Leningradi_Edasi_toimetus, lk 59
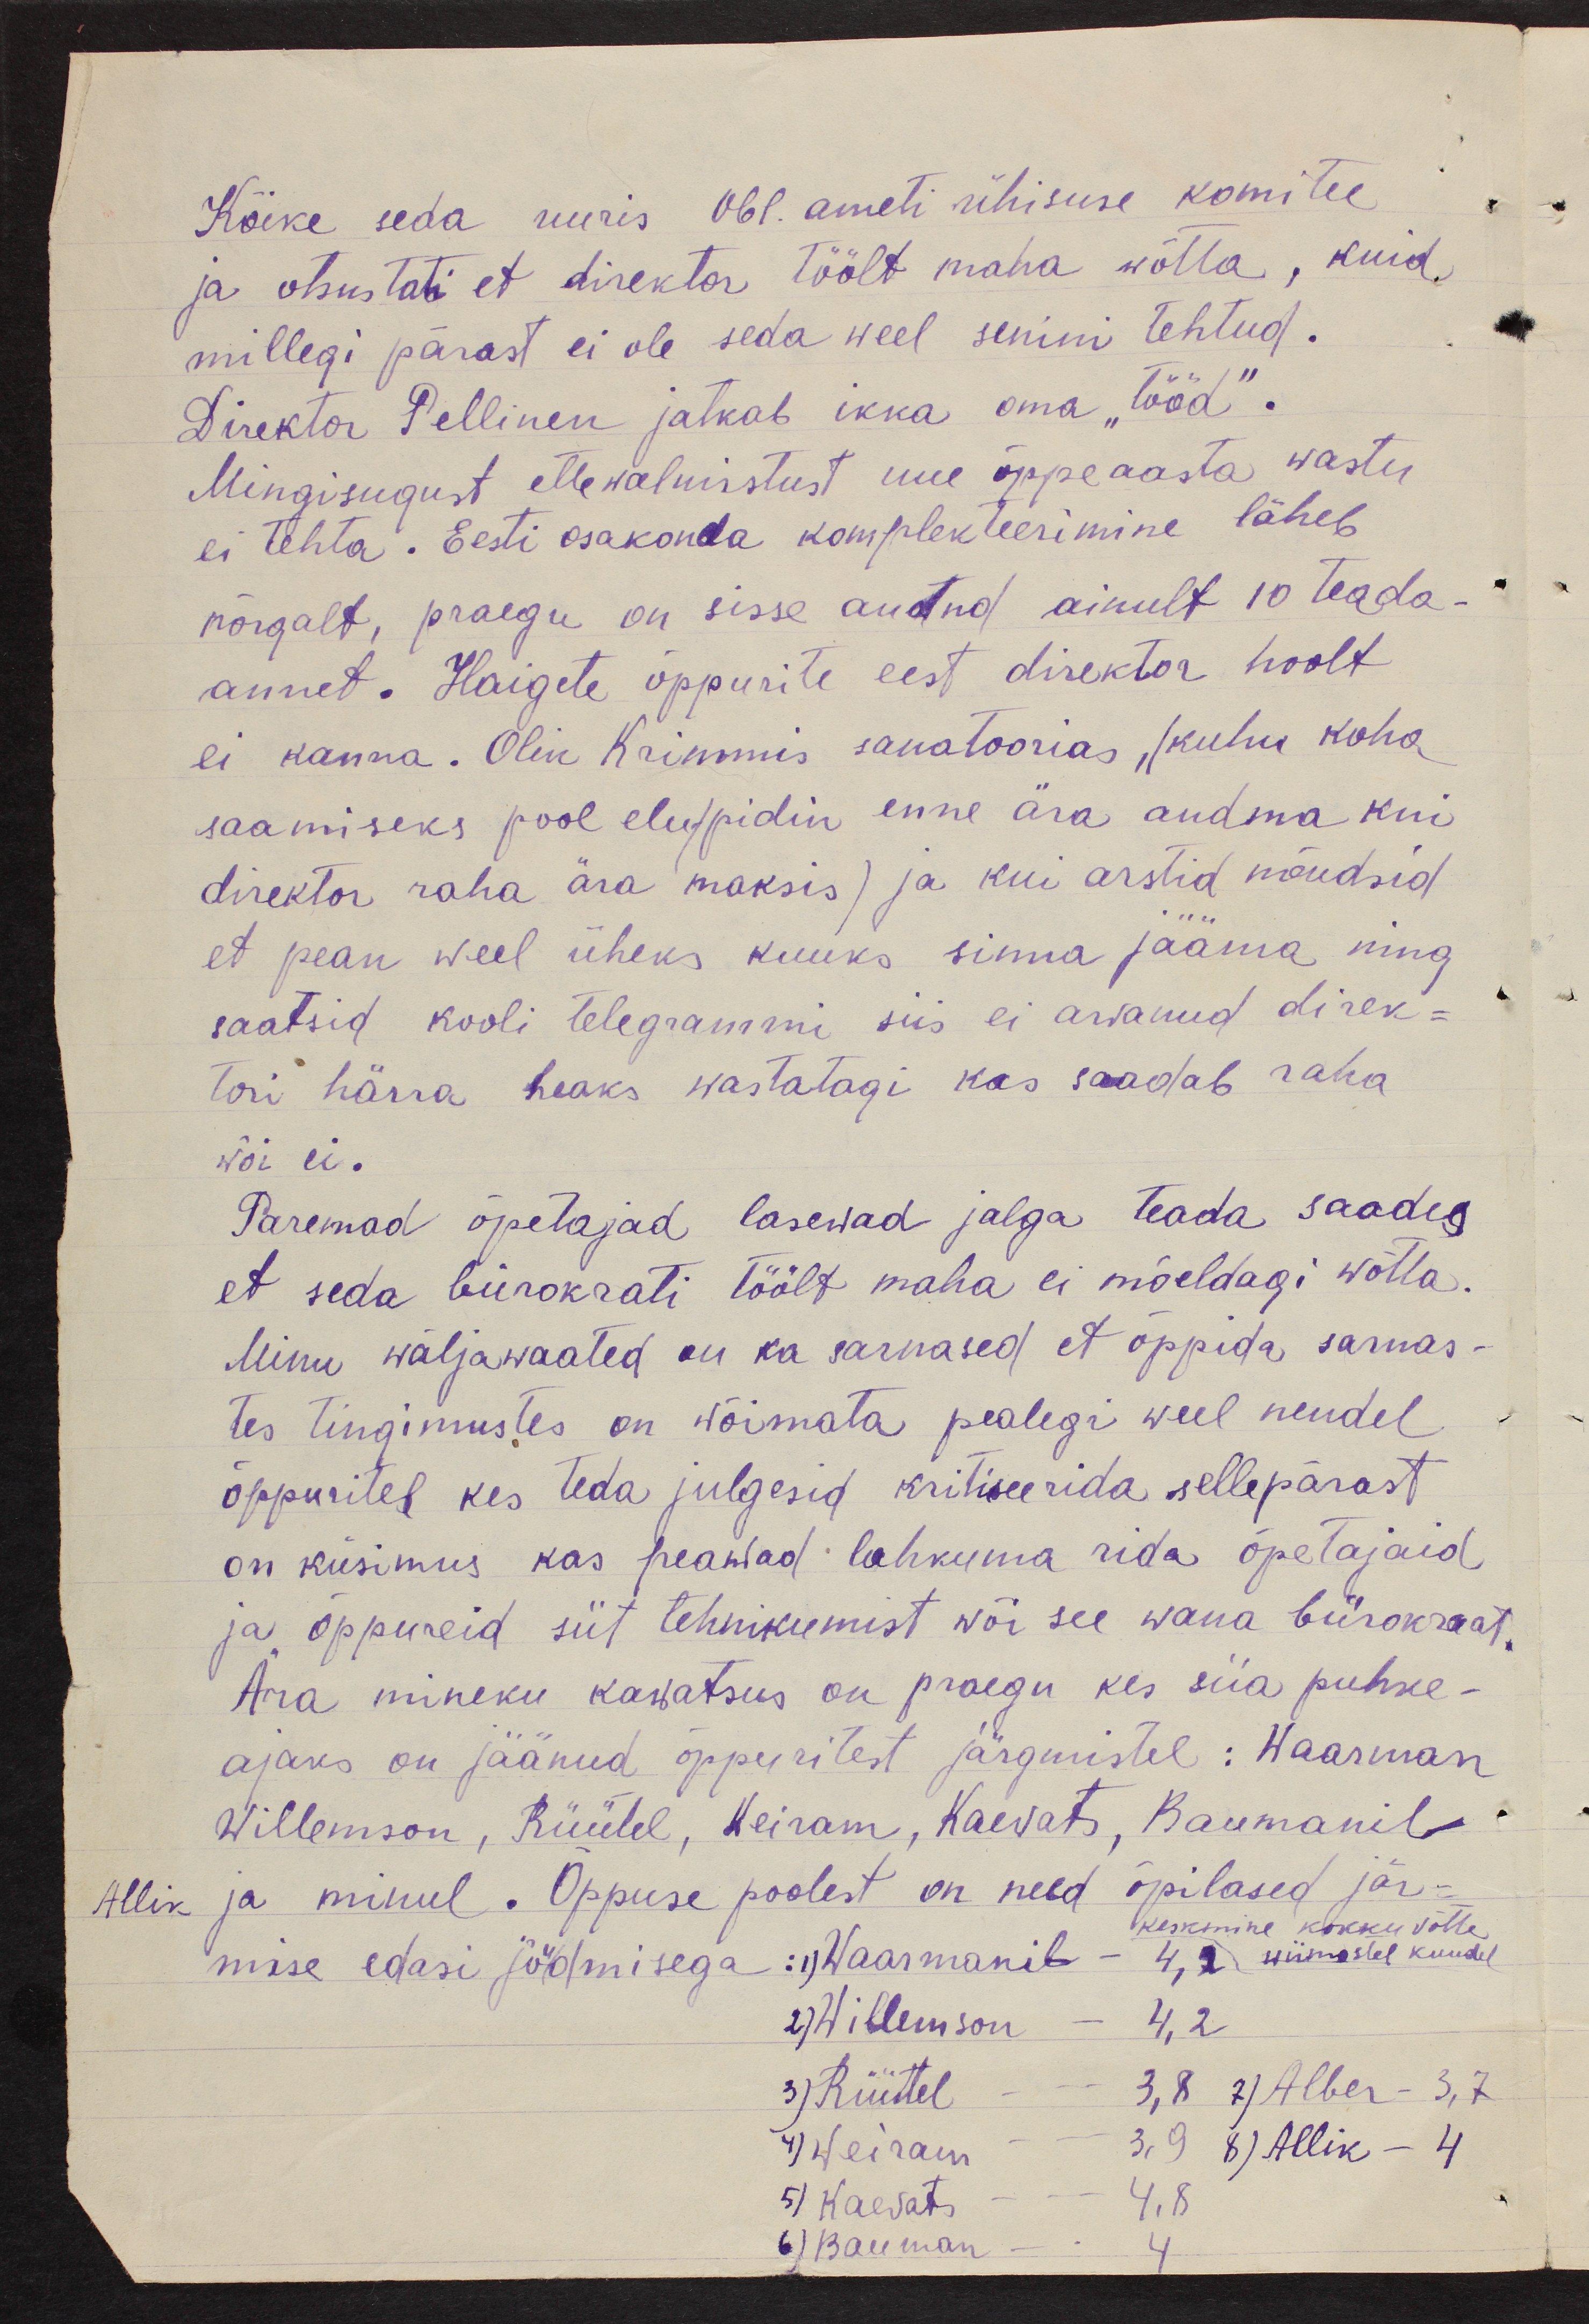
Kõike seda uuris Obl. ameti ühisuse komitee
ja otsustati et direktor töölt maha wõtta, kuid
millegi pärast ei ole seda weel senini tehtud.
Direktor Pellinen jätkab ikka oma "tööd".
Mingisugust ettewalmistust uue õppeaasta wastu
ei tehta. Eesti osakonda komplekteerimine läheb
nõrgalt, praegu on sisse antud ainult 10 teada-
annet. Haigete õppurite eest direktor hoolt
ei kanna. Olin Krimmis sanatoorias ,(kuhu koha
saamiseks pool elu pidin enne ära andma kui
direktor raha ära maksis) ja kui arstid nõudsid
et pean weel üheks kuuks sinna jääma ning
saatsid kooli telegrammi siis ei arwanud direk-
tori härra heaks wastatagi kas saadab raha
wõi ei.
Paremad õpetajad lasewad jalga teada saades
et seda bürokrati töölt maha ei mõeldagi wõtta.
Minu wäljawaated on ka sarnased et õppida sarnas-
tes tingimustes on wõimata pealegi weel nendel
õppuritel kes teda julgesid kritiseerida sellepärast
on küsimus kas peawad lahkuma rida õpetajaid
ja õppureid siit tehnikumist või see wana bürokraat.
Ära mineku kawatsus on praegu kes siia puhke-
ajaks on jäänud õppuritest järgmistel: Waarman
Willemson, Rüütel, Weiram, Kaevats, Baumanil
Allik ja minul. Õppuse poolest on need õpilased jär-
keskmine kokku võtta
mise edasi joudmisega: 1) Waarmanil - 4,2 wiimastel kuudel
2) Willemson - 4,2
3) Rüütel - 3,8 7) Alber - 3,7
5) Weiram - 3,9 8) Allik - 4
51 Kaevats - 4.8
6) Bauman - 4